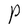
Character: P